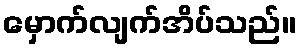
မှောက်လျက်အိပ်သည်။